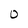
Character: 0